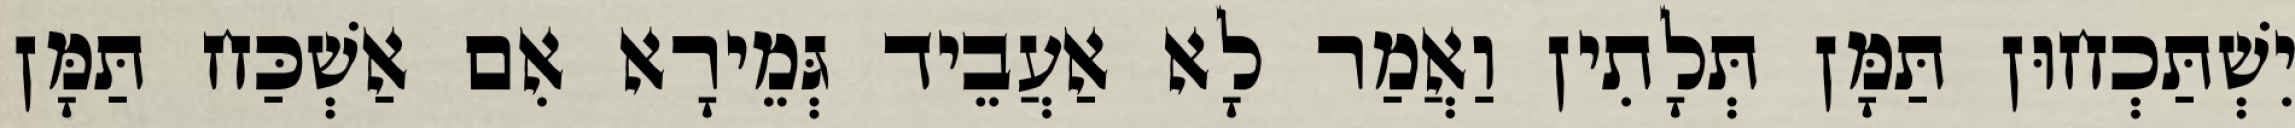
יִשְׁתַּכְחוּן תַּמָּן תְּלָתִין וַאֲמַר לָא אַעֲבֵיד גְּמֵירָא אִם אַשְׁכַּח תַּמָּן